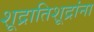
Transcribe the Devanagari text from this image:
शूद्रातिशूद्रांना